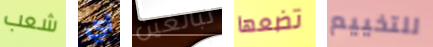
شعب أي تبالغين تضعها للتخييم